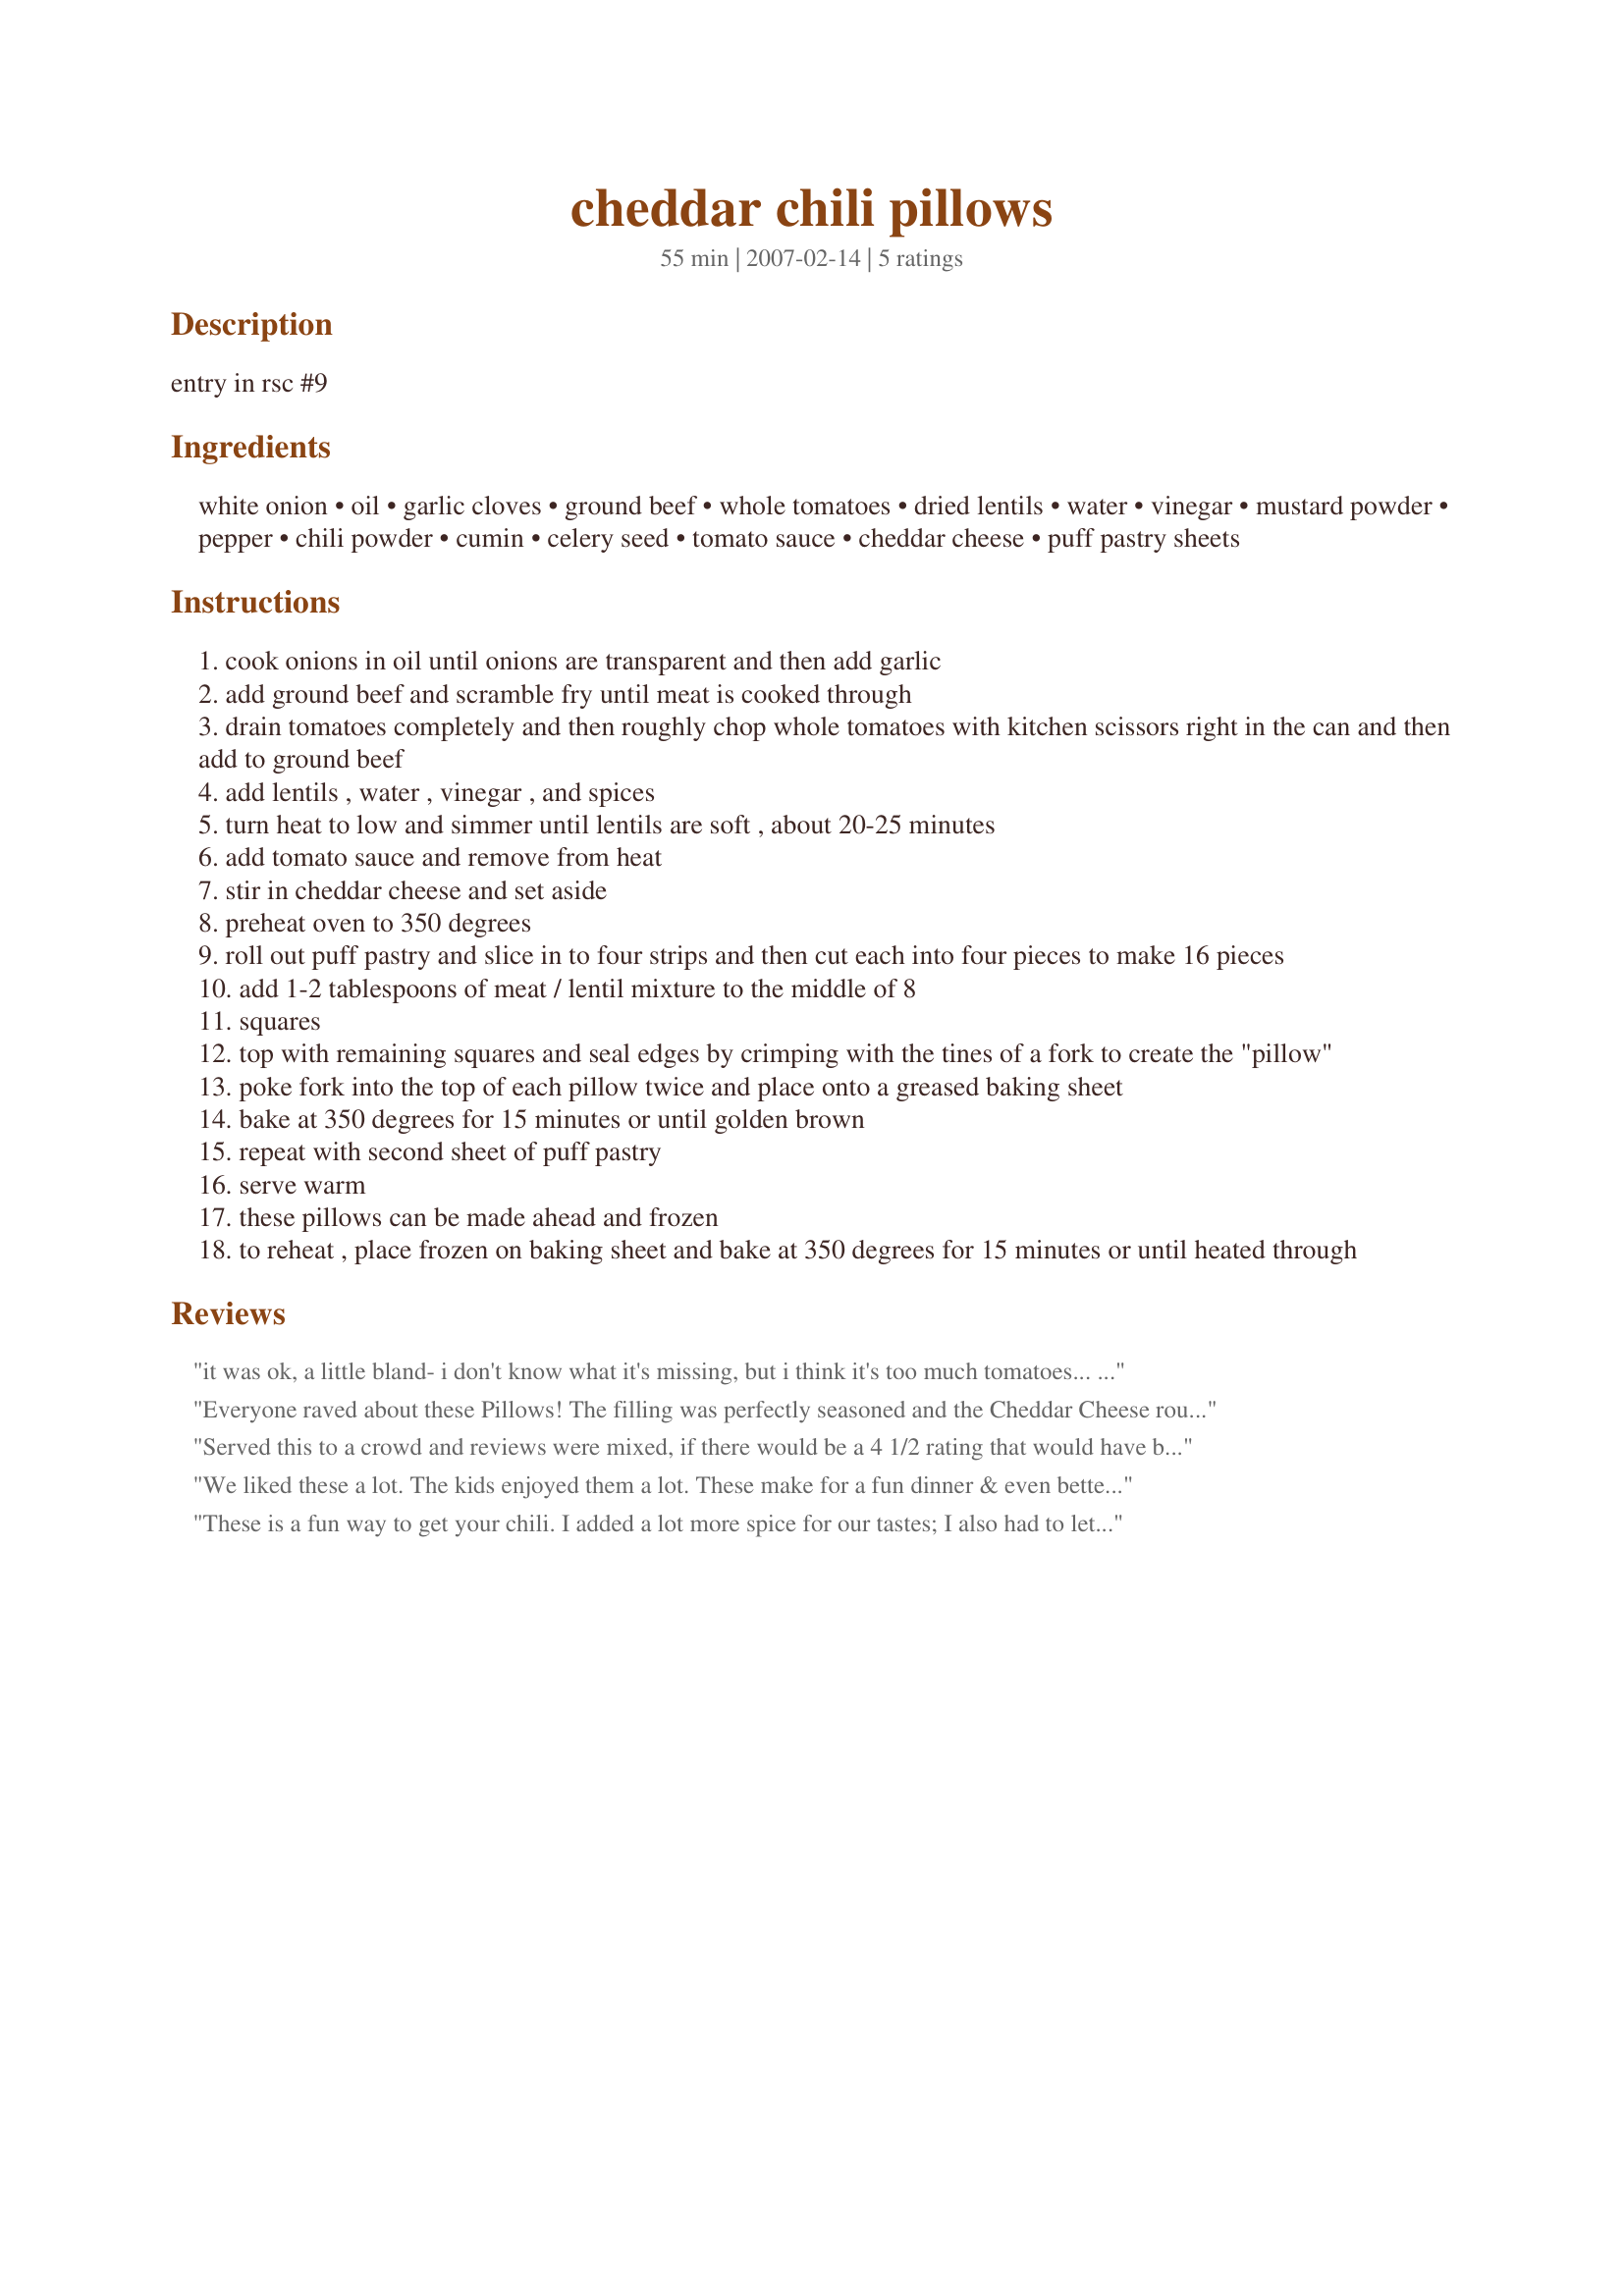
cheddar chili pillows
Preparation time: 55 minutes

entry in rsc #9

Ingredients:
white onion, oil, garlic cloves, ground beef, whole tomatoes, dried lentils, water, vinegar, mustard powder, pepper, chili powder, cumin, celery seed, tomato sauce, cheddar cheese, puff pastry sheets

Steps:
cook onions in oil until onions are transparent and then add garlic
add ground beef and scramble fry until meat is cooked through
drain tomatoes completely and then roughly chop whole tomatoes with kitchen scissors right in the can and then add to ground beef
add lentils , water , vinegar , and spices
turn heat to low and simmer until lentils are soft , about 20-25 minutes
add tomato sauce and remove from heat
stir in cheddar cheese and set aside
preheat oven to 350 degrees
roll out puff pastry and slice in to four strips and then cut each into four pieces to make 16 pieces
add 1-2 tablespoons of meat / lentil mixture to the middle of 8
squares
top with remaining squares and seal edges by crimping with the tines of a fork to create the "pillow"
poke fork into the top of each pillow twice and place onto a greased baking sheet
bake at 350 degrees for 15 minutes or until golden brown
repeat with second sheet of puff pastry
serve warm
these pillows can be made ahead and frozen
to reheat , place frozen on baking sheet and bake at 350 degrees for 15 minutes or until heated through

Reviews:
it was ok, a little bland- i don't know what it's missing, but i think it's too much tomatoes... I liked it but I would step up the chili powder next time
Everyone raved about these Pillows! The filling was perfectly seasoned and the Cheddar Cheese rounded out the flavors. About an hour after our RSC pillow sampling "party" the guys were still raving about this recipe. "Killer," "Awesome," "The Best," and greatest compliment, "Please make these again!" These are a winner in our house! Good luck Chef!
Served this to a crowd and reviews were mixed, if there would be a 4 1/2 rating that would have been the choice. Since I was the one who made it I will give it a 5. It was easy enough to make, they came out of the oven as nicely puffed pillows and were eaten in no time. I made them according to the recipe this time but can see I can play with this recipe, its flexible, and can add or change ingredients to suit my taste or the contents of the fridge.
I prepared the stuffing in the morning...when I was ready to cook it I went to step 8 and took it from there.
We liked these a lot. The kids enjoyed them a lot. These make for a fun dinner & even better that they can be made ahead! Really nice flavor & not difficult to make. Good luck in the contest!
These is a fun way to get your chili. I added a lot more spice for our tastes; I also had to let the mixture cook for quite a while to get the lentils all cooked. The puff pastry "pillows" were a good idea and we all enjoyed them. Thanks for posting!
